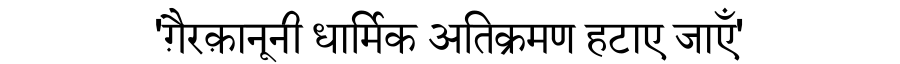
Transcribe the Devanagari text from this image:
'ग़ैरक़ानूनी धार्मिक अतिक्रमण हटाए जाएँ'